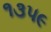
૧૩૫૯